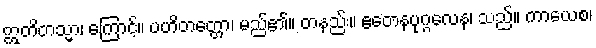
ဣတိတသ္မာ၊ ကြောင့်။ ပဟိတတ္တော၊ မည်၏။ တနည်း။ ဧတေနပုဂ္ဂလေန၊ သည်။ ကာယေစ၊